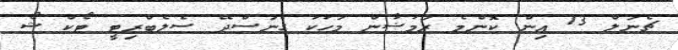
ޗެނަލް 13 އިން ކޮންމެ ރަމަޟާން މަހަކު ގެނަސްދޭ ސެލެބްރިޓީ ޓޯކް ޝޯ